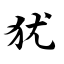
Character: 犹